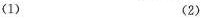
（1） （2）